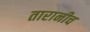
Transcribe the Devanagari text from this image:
तारानीच